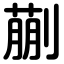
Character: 蒯